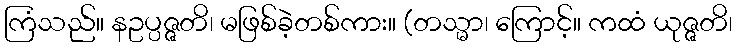
ကြံသည်။ နဥပ္ပဇ္ဇတိ၊ မဖြစ်ခဲ့တစ်ကား။ (တသ္မာ၊ ကြောင့်။ ကထံ ယုဇ္ဇတိ၊